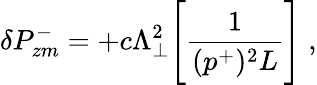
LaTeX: \delta P_{zm}^{-}=+c\Lambda_{\perp}^{2}\Biggl[{\frac{1}{(p^{+})^{2}L}}\Biggr]\; ,